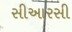
સીઆરસી